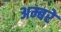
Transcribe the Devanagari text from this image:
अम्बरे